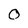
Character: 0